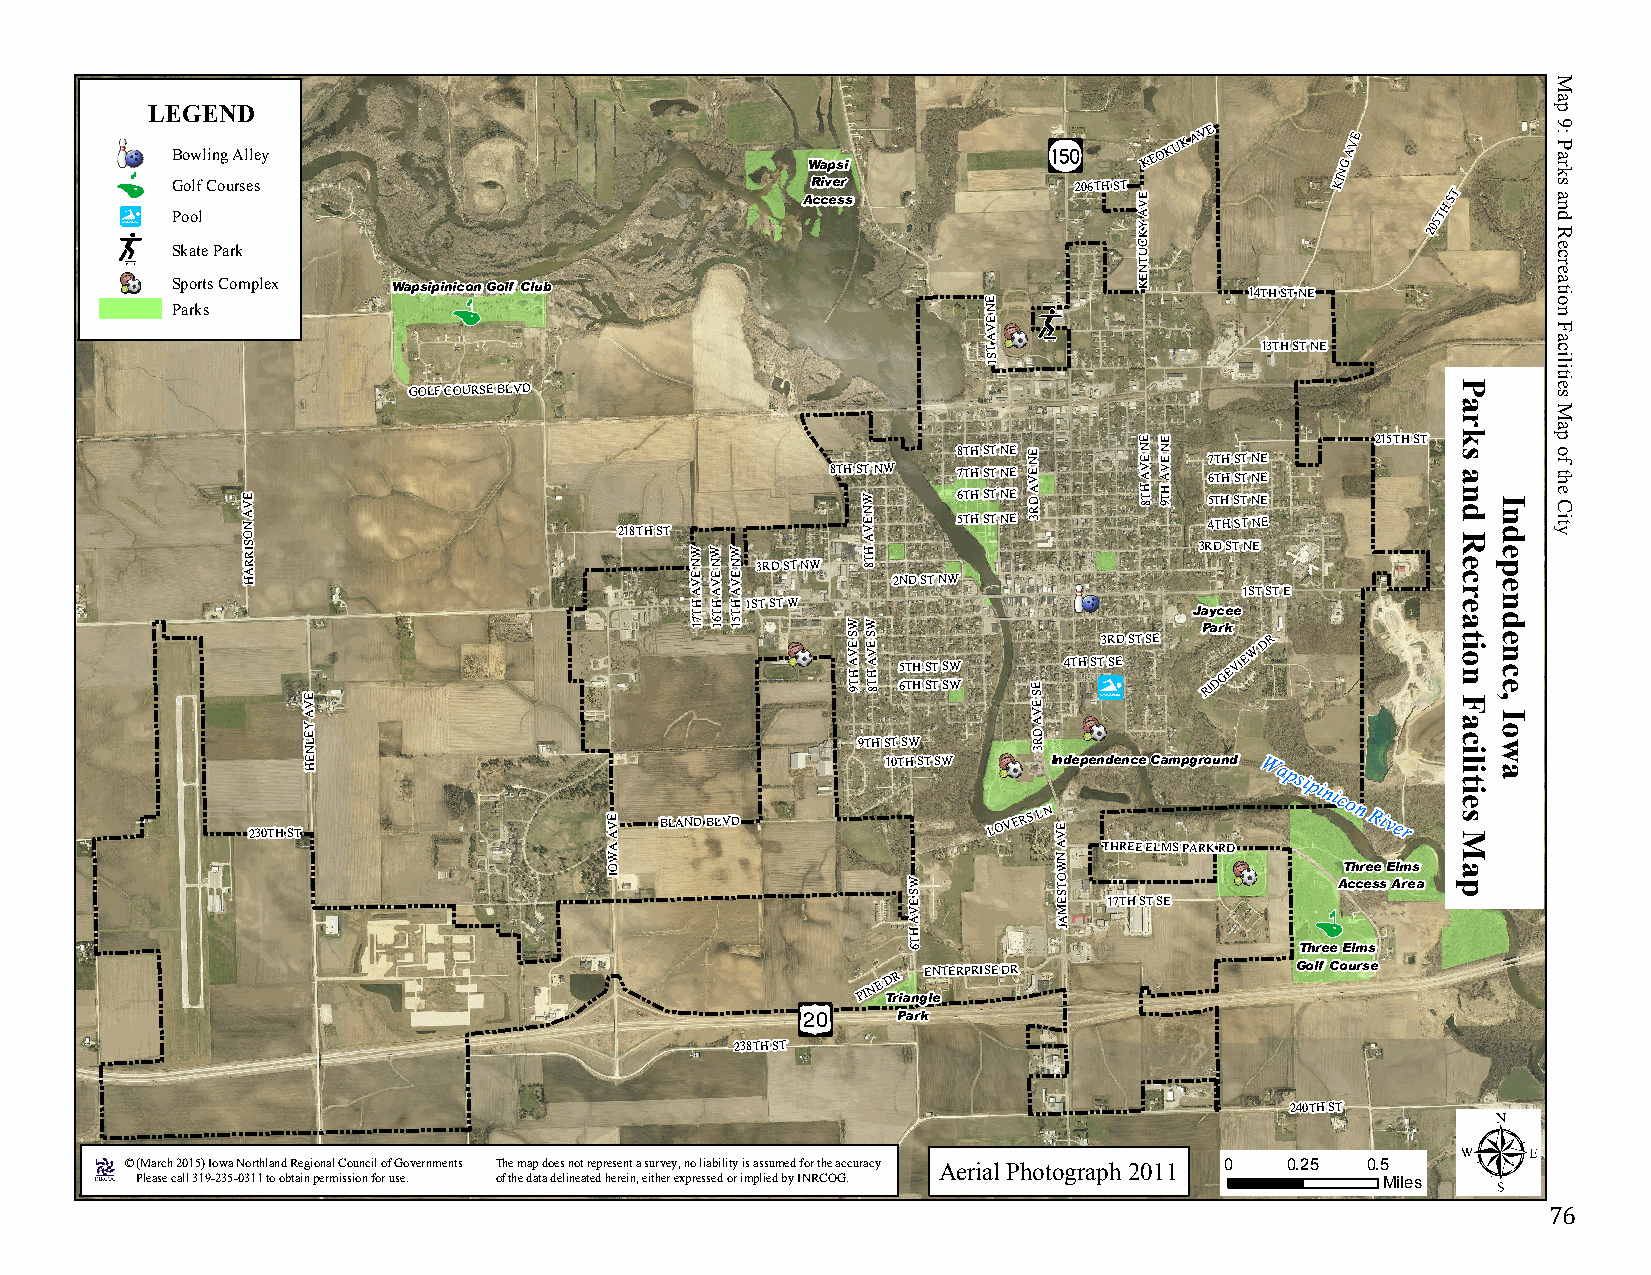
LEGEND
 Bowling Alley
 Wapsi
 KEOKUK
 AVE
 NG
 AVE
 G Poo olf l Courses                       AR ci cv ee sr s  206TH ST E V A
 Y K
 KI     205TH ST
 C
 Skate Park                                                      U
 T
 N
 E
 Sports Complex Wapsipinicon Golf Club                 E         K       14TH ST NE
 Parks                                                 N
 E V
 A
 T                 13TH ST NE
 S
 1
 GOLF COURSE BLVD
 E V A N O S IR
 R A H
 218TH ST W
 N E V
 W
 N E V
 W
 N E V 3RD ST NW
 8TH ST
 W N E V A H
 T 8
 NW
 2ND ST
 NW8 567T TTTH HHH S SSST TTT N NNNE EEE E N E V A
 D R 3
 E N E V A H
 T 8
 E N E V A H
 T 9
 3R57 6
 4
 DTT T THH H
 H S
 TSS S
 S
 TT T
 T N
 NN N
 N
 EEE E
 E
 215TH ST R D
 L E L B U O D
 A A A                               1ST ST E
 H H H1ST ST W
 T T T                            Jaycee
 71 61 51  W
 S E
 VW
 S E
 V
 3RD ST SE Park
 W
 DR
 E V
 A H
 T
 9A H
 T 8
 65 TT HH SS TT SS WW
 E S E
 4TH ST SE RIDGEVIE
 A                                               V Y
 E
 A
 D
 L N                                  9TH ST SW  R 3
 230TH
 STE H
 E V
 A
 BLAND BLVD
 10TH ST SW
 LOVERS
 LNIn
 E
 Vdependence Campground Wapsipinicon
 River
 A W                           A N THREE ELMS PARK RD
 O                             W                  Three Elms
 I                   W         O T                Access Area
 S
 E V
 S
 E M 17TH ST SE
 A         A
 H         J
 T
 6                         Three Elms
 PINE TD rR iangE lN eTERPRISE DR Golf Course
 Park
 238TH ST
 240TH ST
 © (March 2015) Iowa Northland Regional Council of Governments The map does not represent a survey, no liability is assumed for the accuracy Aerial Photograph 2011 0 0.25 0.5
 Please call 319-235-0311 to obtain permission for use. of the data delineated herein, either expressed or implied by INRCOG. Miles
 76
 Parks
 and
 Recreation
 Facilities
 Map
 Independence,
 Iowa
 Map
 9:
 Parks
 and
 Recreation
 Facilities
 Map
 of the
 City